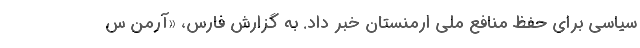
سیاسی برای حفظ منافع ملی ارمنستان خبر داد. به گزارش فارس، «آرمن س